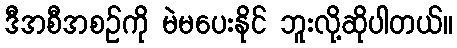
ဒီအစီအစဉ်ကို မဲမပေးနိုင် ဘူးလို့ဆိုပါတယ်။